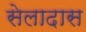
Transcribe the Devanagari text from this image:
सेलादास